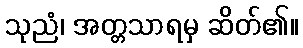
သုညံ၊ အတ္တသာရမှ ဆိတ်၏။